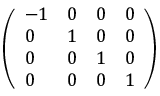
\left( \begin{array} { l l l l } { - 1 } & { 0 } & { 0 } & { 0 } \\ { 0 } & { 1 } & { 0 } & { 0 } \\ { 0 } & { 0 } & { 1 } & { 0 } \\ { 0 } & { 0 } & { 0 } & { 1 } \end{array} \right)